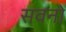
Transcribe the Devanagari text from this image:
सवनों